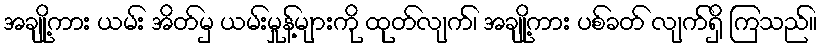
အချို့ကား ယမ်း အိတ်မှ ယမ်းမှုန့်များကို ထုတ်လျက်၊ အချို့ကား ပစ်ခတ် လျက်ရှိ ကြသည်။